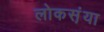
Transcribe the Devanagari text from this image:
लोकसं़या